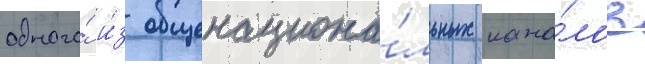
одного́ и́з общенациона́льных кана́лов